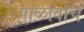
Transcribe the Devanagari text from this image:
पाळावाच